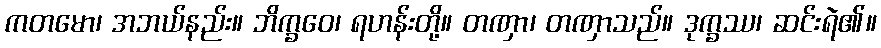
ကတမော၊ အဘယ်နည်း။ ဘိက္ခဝေ၊ ရဟန်းတို့။ တဏှာ၊ တဏှာသည်။ ဒုက္ခဿ၊ ဆင်းရဲ၏။